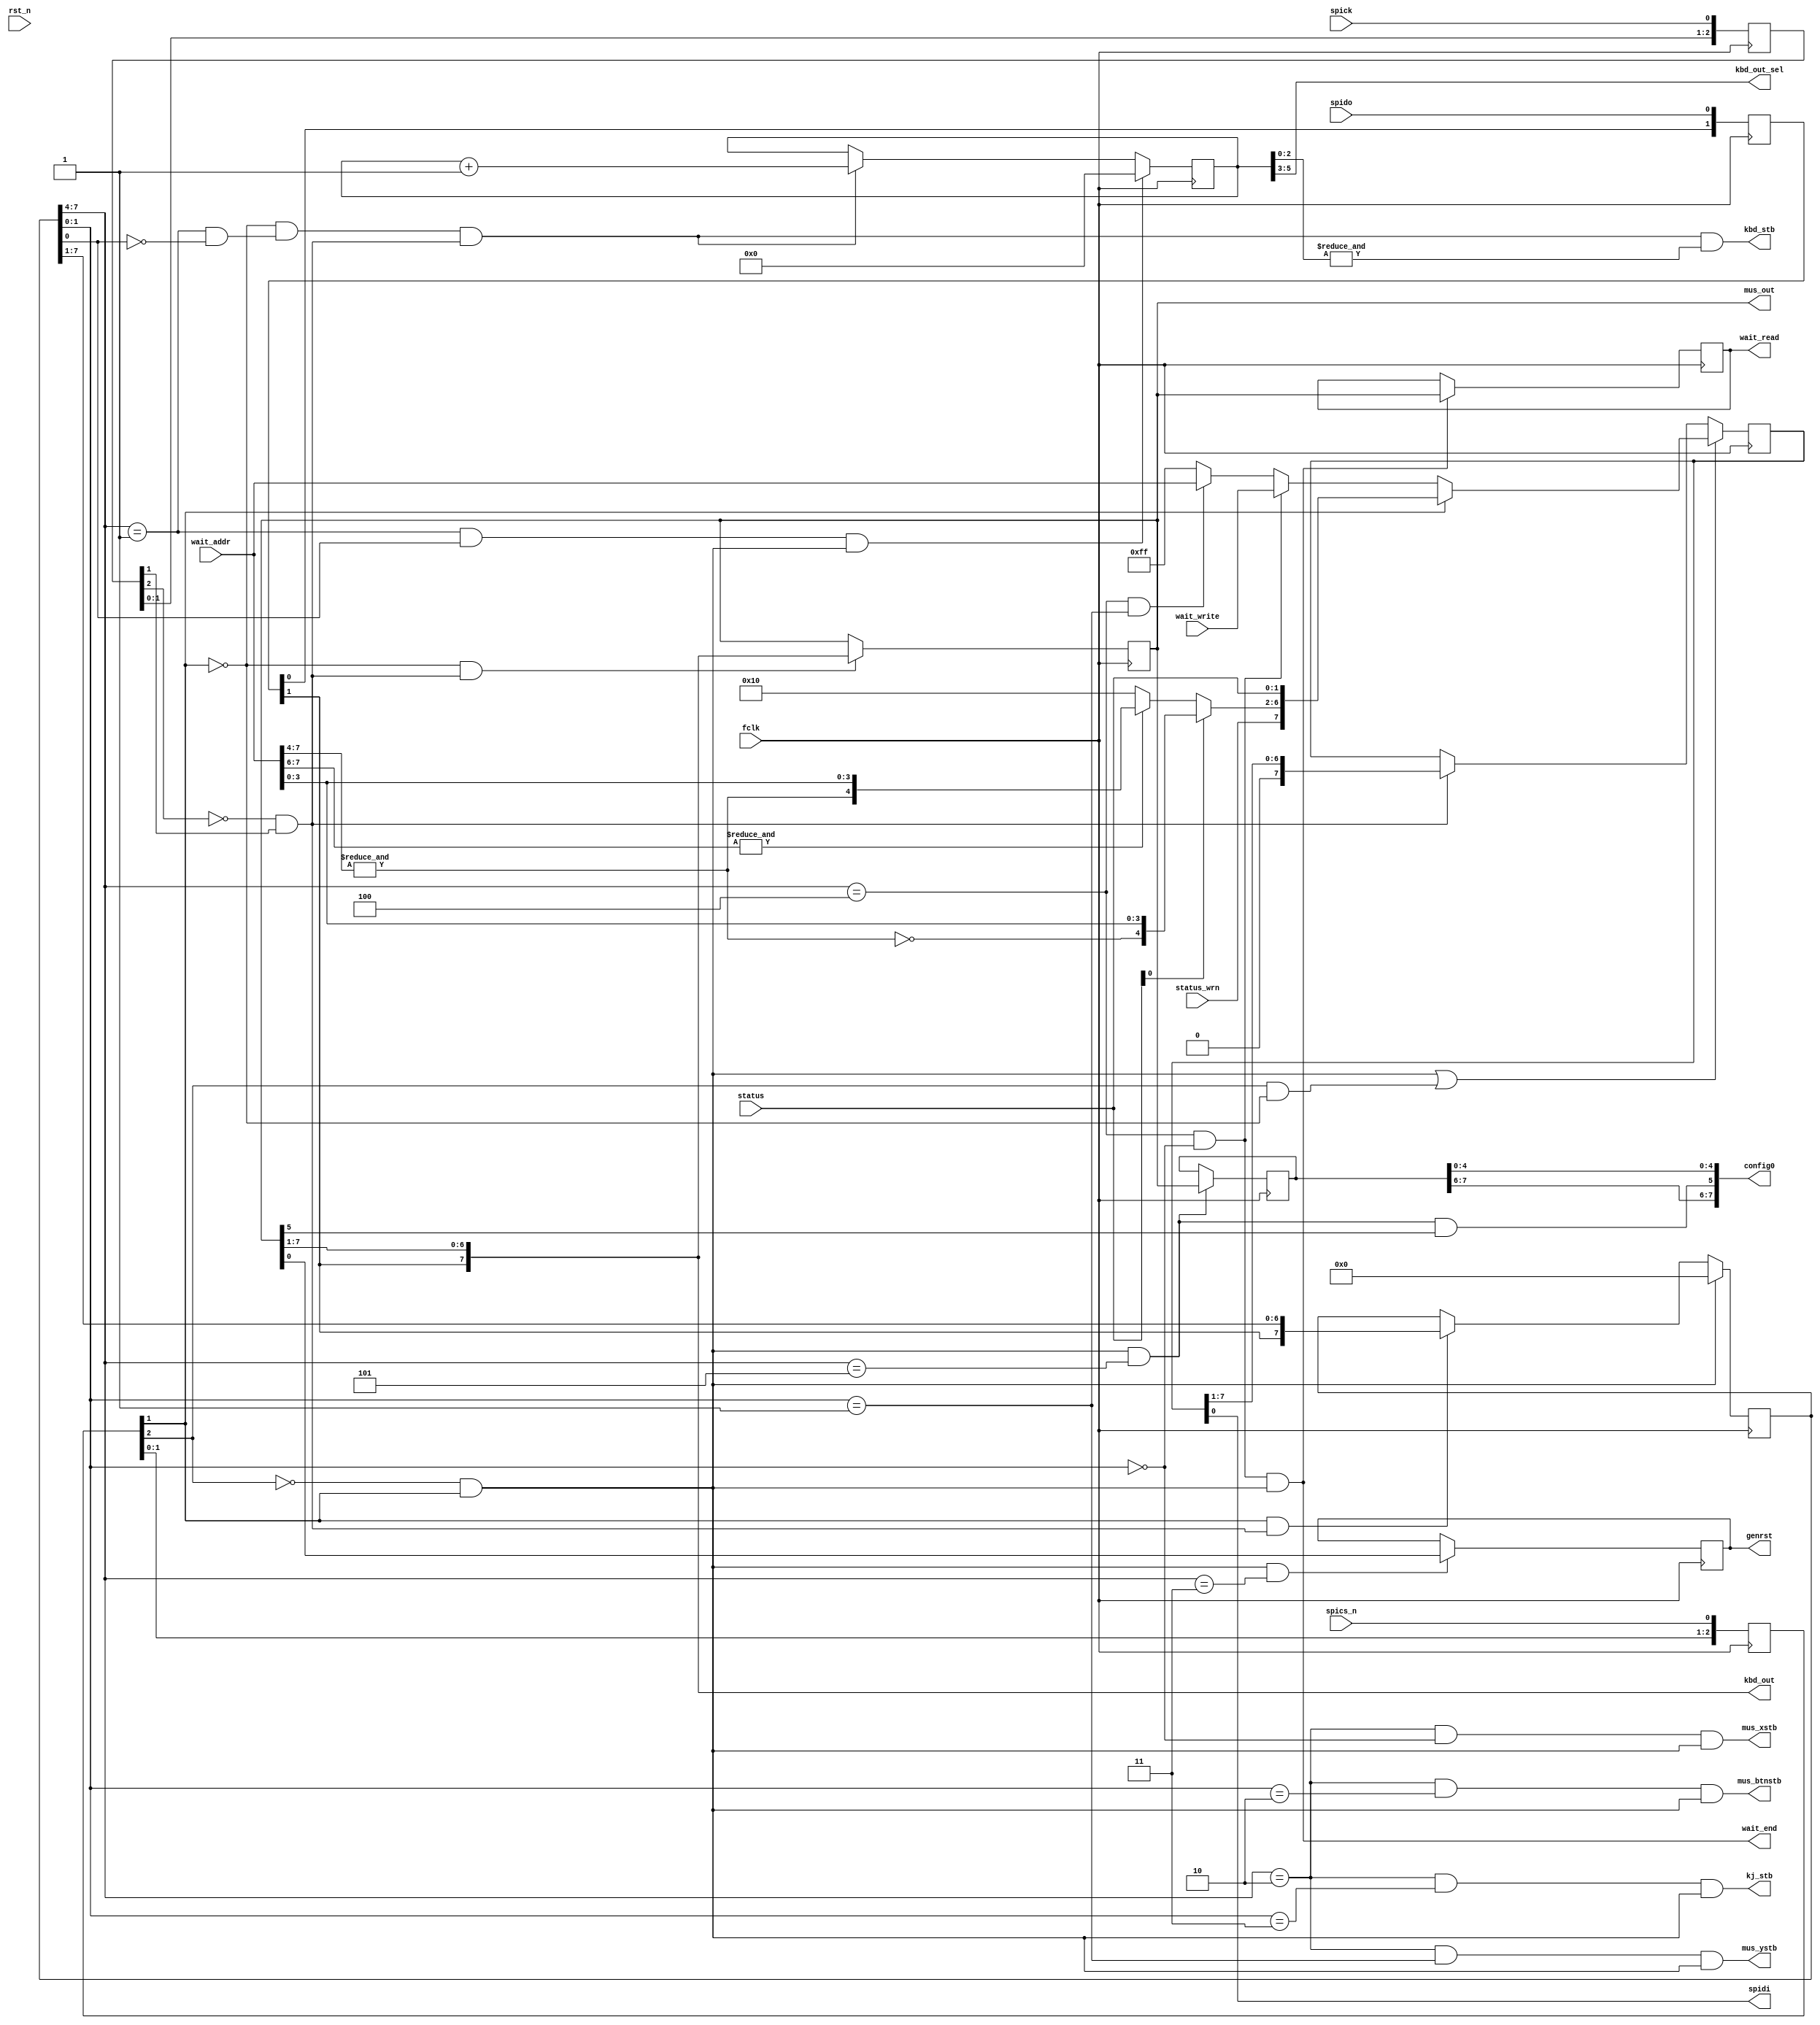
module slavespi
(
  // System
  input  wire fclk,
  input  wire rst_n,

  // Slave SPI
  input  wire spics_n, // avr SPI interface
  output wire spidi,   // to AVR
  input  wire spido,   // from AVR
  input  wire spick,

  input  wire        status_wrn,  // wait port mode
  input  wire [ 1:0] status,      // wait port source

  // ZX Keyboard
  output wire [ 7:0] kbd_out,
  output reg  [ 2:0] kbd_out_sel,
  output wire        kbd_stb,

  // ZX Mouse
  output wire [ 7:0] mus_out,
  output wire        mus_xstb,
  output wire        mus_ystb,
  output wire        mus_btnstb,
  output wire        kj_stb,

  // Configuration
  output wire [ 7:0] config0,

  // Wait ports
  input  wire [ 7:0] wait_addr,
  input  wire [ 7:0] wait_write,
  output wire [ 7:0] wait_read,
  output wire        wait_end,

  output reg         genrst = 0  // positive pulse causes Z80 reset
);

  reg [2:0] spics_n_sync;
  reg [1:0] spido_sync;
  reg [2:0] spick_sync;

  reg [7:0] data_in;
  reg [7:0] regnum = 0;
  reg [7:0] shift_in = 0;     // register for shifting in
  reg [7:0] shift_out = 0;
  reg [7:0] wait_reg = 0;     // wait data out register
  reg [7:0] cfg0_reg = 0;     // config register
  reg [5:0] kbd_out_cnt = 0;  // [2:0] - 111 is latching strobe, [5:3] - column selector

  wire sdo;
  wire kbd_bit_stb;
  
  wire [4:0] status_addr_glu = {~&wait_addr[7:4], wait_addr[3:0]}; 
  wire [4:0] status_addr_com = ~&wait_addr[7:6] ? 5'h10 : {&wait_addr[7:4], wait_addr[3:0]};
  
  wire [4:0] status_addr = status[0] ? status_addr_glu : status_addr_com;
  wire [7:0] status_in = {status_wrn, status_addr, status[1:0]};
  
  // reg number decoding
  wire sel_kbdreg = (regnum[7:4] == 4'h1) && !regnum[0]; // $10
  wire sel_kbdstb = (regnum[7:4] == 4'h1) &&  regnum[0]; // $11

  wire sel_musxcr = (regnum[7:4] == 4'h2) && (regnum[1:0] == 2'b00); // $20
  wire sel_musycr = (regnum[7:4] == 4'h2) && (regnum[1:0] == 2'b01); // $21
  wire sel_musbtn = (regnum[7:4] == 4'h2) && (regnum[1:0] == 2'b10); // $22
  wire sel_kj     = (regnum[7:4] == 4'h2) && (regnum[1:0] == 2'b11); // $23

  wire sel_rstreg = ((regnum[7:4] == 4'h3)) ; // $30

  wire sel_waitreg  = (regnum[7:4] == 4'h4) && (regnum[1:0] == 2'b00); // $40
  wire sel_waitaddr = (regnum[7:4] == 4'h4) && (regnum[1:0] == 2'b01); // $41

  wire sel_cfg0 = (regnum[7:4] == 4'h5); // $50

  // re-sync SPI
  always @(posedge fclk)
  begin
    spics_n_sync[2:0] <= {spics_n_sync[1:0], spics_n};
    spido_sync[1:0] <= {spido_sync[0], spido};
    spick_sync[2:0] <= {spick_sync[1:0], spick};
  end

  wire scs_n = spics_n_sync[1]; // scs_n - synchronized CS_N
  assign sdo   = spido_sync[1];
  wire scs_n_01 = !spics_n_sync[2] && spics_n_sync[1];
  wire scs_n_10 = spics_n_sync[2] && !spics_n_sync[1];
  wire sck_01 = !spick_sync[2] && spick_sync[1];

  wire int_wtp = scs_n_01 && sel_cfg0 && shift_in[5];

  // output data
  assign kbd_out     = {sdo, shift_in[7:1]};
  assign kbd_stb     = kbd_bit_stb && &kbd_out_cnt[2:0];
  assign kbd_out_sel = kbd_out_cnt[5:3];
  assign mus_out     = shift_in;
  assign mus_xstb    = sel_musxcr && scs_n_01;
  assign mus_ystb    = sel_musycr && scs_n_01;
  assign mus_btnstb  = sel_musbtn && scs_n_01;
  assign kj_stb      = sel_kj     && scs_n_01;
  assign wait_read   = wait_reg;
  assign wait_end    = sel_waitreg && scs_n_01;
  assign config0     = {cfg0_reg[7:6], int_wtp, cfg0_reg[4:0]};

  // register number
  always @(posedge fclk)
  begin
    if (scs_n_01)
      regnum <= 8'd0;
    else if (scs_n && sck_01)
      regnum[7:0] <= {sdo, regnum[7:1]};
  end

  // send data to avr
  always @*
  begin
    if (sel_waitreg)
      data_in = wait_write;
    else if (sel_waitaddr)
      data_in = wait_addr;
    else data_in = 8'hFF;
  end

  always @(posedge fclk)
  begin
    if (scs_n_01 || scs_n_10)   // both edges
      shift_out <= scs_n ? status_in : data_in;
    else if (sck_01)
      shift_out[7:0] <= {1'b0, shift_out[7:1]};
  end

  assign spidi = shift_out[0];

  wire kbd_start = sel_kbdstb && scs_n_01;  // !!! this requires change zx.c for good: kbd_start should be issued BEFORE kbd reg transfer, NOT after - zx_task()
  assign kbd_bit_stb = !scs_n && sel_kbdreg && sck_01;

  always @(posedge fclk)
    if (kbd_start)
      kbd_out_cnt <= 6'b0;
    else if (kbd_bit_stb)
      kbd_out_cnt <= kbd_out_cnt + 6'b1;

  // registers data-in
  always @(posedge fclk)
  begin
    if (!scs_n && sck_01)
      shift_in[7:0] <= {sdo, shift_in[7:1]};

    if (scs_n_01 && sel_waitreg)
      wait_reg <= shift_in;

    if (scs_n_01 && sel_cfg0)
      cfg0_reg <= shift_in;

    if (scs_n_01 && sel_rstreg)
      genrst <= shift_in[0];
  end
endmodule